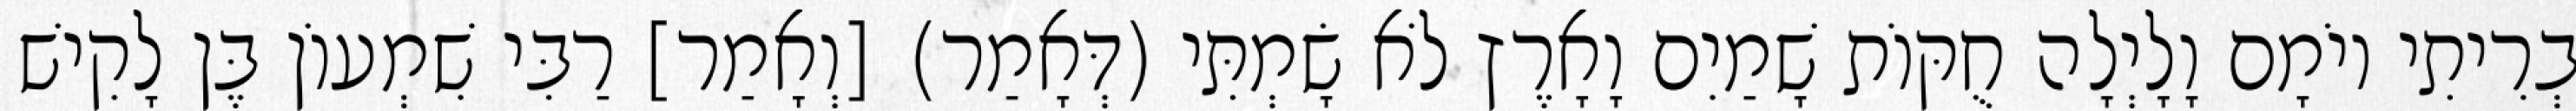
בְרִיתִי יוֹמָם וָלָיְלָה חֻקּוֹת שָׁמַיִם וָאָרֶץ לֹא שָׂמְתִּי (דְּאָמַר) [וְאָמַר] רַבִּי שִׁמְעוֹן בֶּן לָקִישׁ